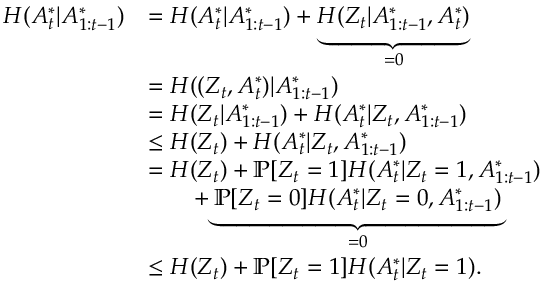
\begin{array} { r l } { H ( A _ { t } ^ { * } | A _ { 1 : t - 1 } ^ { * } ) } & { = H ( A _ { t } ^ { * } | A _ { 1 : t - 1 } ^ { * } ) + \underbrace { H ( Z _ { t } | A _ { 1 : t - 1 } ^ { * } , A _ { t } ^ { * } ) } _ { = 0 } } \\ & { = H ( ( Z _ { t } , A _ { t } ^ { * } ) | A _ { 1 : t - 1 } ^ { * } ) } \\ & { = H ( Z _ { t } | A _ { 1 : t - 1 } ^ { * } ) + H ( A _ { t } ^ { * } | Z _ { t } , A _ { 1 : t - 1 } ^ { * } ) } \\ & { \leq H ( Z _ { t } ) + H ( A _ { t } ^ { * } | Z _ { t } , A _ { 1 : t - 1 } ^ { * } ) } \\ & { = H ( Z _ { t } ) + \mathbb { P } [ Z _ { t } = 1 ] H ( A _ { t } ^ { * } | Z _ { t } = 1 , A _ { 1 : t - 1 } ^ { * } ) } \\ & { \qquad + \underbrace { \mathbb { P } [ Z _ { t } = 0 ] H ( A _ { t } ^ { * } | Z _ { t } = 0 , A _ { 1 : t - 1 } ^ { * } ) } _ { = 0 } } \\ & { \leq H ( Z _ { t } ) + \mathbb { P } [ Z _ { t } = 1 ] H ( A _ { t } ^ { * } | Z _ { t } = 1 ) . } \end{array}